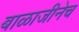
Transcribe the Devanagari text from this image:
बाळाजीनेच